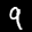
Digit: 9